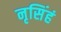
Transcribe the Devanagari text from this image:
नृसिंहं